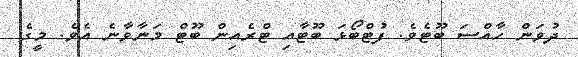
ދުވަން ހާއްސަ ބޫޓެވެ. ފުޓްބޯޅަ ބޫޓާއި ޓްރެއިން ބޫޓް މަނާވާނެ އެވެ. މީގެ